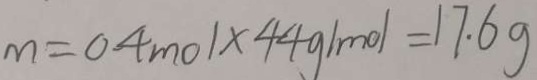
m = 0 . 4 m o l \times 4 4 g / m o l = 1 7 . 6 g